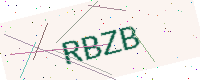
Text: RBZB